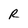
Character: R